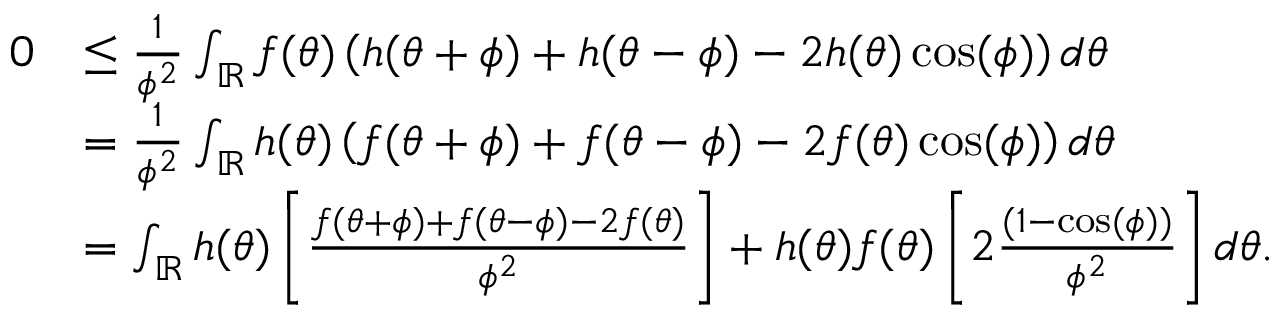
\begin{array} { r l } { 0 } & { \le \frac { 1 } { \phi ^ { 2 } } \int _ { \mathbb { R } } f ( \theta ) \left( h ( \theta + \phi ) + h ( \theta - \phi ) - 2 h ( \theta ) \cos ( \phi ) \right) d \theta } \\ & { = \frac { 1 } { \phi ^ { 2 } } \int _ { \mathbb { R } } h ( \theta ) \left( f ( \theta + \phi ) + f ( \theta - \phi ) - 2 f ( \theta ) \cos ( \phi ) \right) d \theta } \\ & { = \int _ { \mathbb { R } } h ( \theta ) \left[ \frac { f ( \theta + \phi ) + f ( \theta - \phi ) - 2 f ( \theta ) } { \phi ^ { 2 } } \right] + h ( \theta ) f ( \theta ) \left[ 2 \frac { ( 1 - \cos ( \phi ) ) } { \phi ^ { 2 } } \right] d \theta . } \end{array}